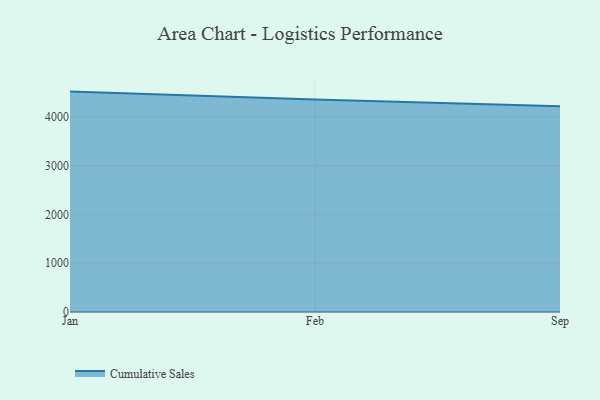
{"axis": {"x": "Month", "y": "Operating Costs (USD K)"}, "legend": ["Cumulative Sales"], "data": [{"x": "Jan", "y": 4516.0, "type": "Cumulative Sales"}, {"x": "Feb", "y": 4354.4, "type": "Cumulative Sales"}, {"x": "Sep", "y": 4217.6, "type": "Cumulative Sales"}]}